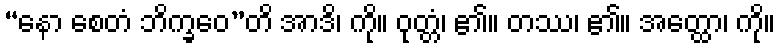
“နော စေတံ ဘိက္ခဝေ”တိ အာဒိ၊ ကို။ ဝုတ္တံ၊ ၏။ တဿ၊ ၏။ အတ္ထော၊ ကို။